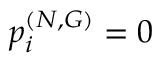
p _ { i } ^ { ( N , G ) } = 0